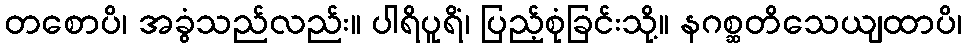
တစောပိ၊ အခွံသည်လည်း။ ပါရိပူရိံ၊ ပြည့်စုံခြင်းသို့။ နဂစ္ဆတိသေယျထာပိ၊